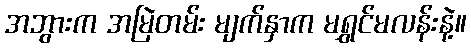
အဘွားက အမြဲတမ်း မျက်နှာက မရွှင်မလန်းနဲ့။